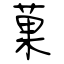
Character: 菓